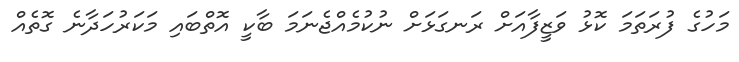
މަހުގެ ފުރަތަމަ ކޮޅު ވަޒީފާއަށް ރަނގަޅަށް ނުކުމެއްޖެނަމަ ބާކީ އޮތްބައި މަކަރުހަދާނެ ގޮތެއް